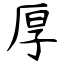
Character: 厚